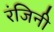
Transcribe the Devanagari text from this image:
रंजिनी